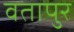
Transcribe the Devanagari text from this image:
वतापुर